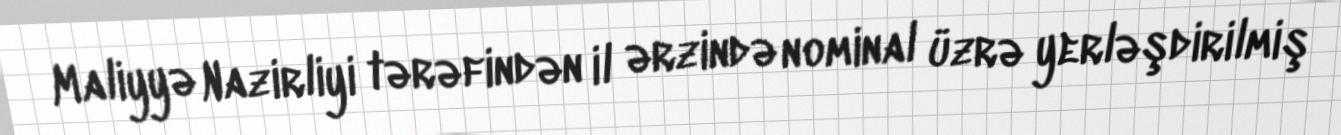
Maliyyə Nazirliyi tərəfindən il ərzində nominal üzrə yerləşdirilmiş